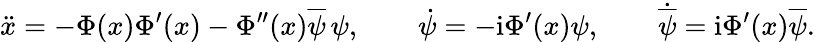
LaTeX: \ddot{x}=-\Phi(x)\Phi^{\prime}(x)-\Phi^{\prime\prime}(x)\overline{{{\psi}}}\, \psi,\qquad\dot{\psi}=-\mathrm{i}\Phi^{\prime}(x)\psi,\qquad\dot{\overline{{{\psi}}}}=\mathrm{i}\Phi^{\prime}(x)\overline{{{\psi}}}.